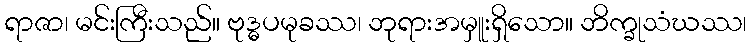
ရာဇာ၊ မင်းကြီးသည်။ ဗုဒ္ဓပမုခဿ၊ ဘုရားအမှူးရှိသော။ ဘိက္ခုသံဃဿ၊